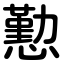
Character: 懃